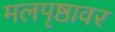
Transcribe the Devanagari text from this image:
मलपृष्ठावर